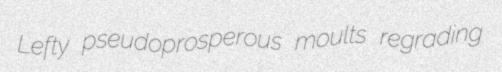
Lefty pseudoprosperous moults regrading